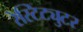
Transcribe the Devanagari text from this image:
रेस्टिट्युटर